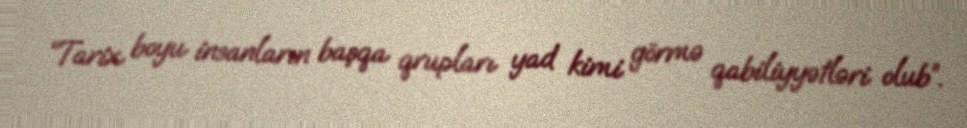
“Tarix boyu insanların başqa qrupları yad kimi görmə qabiliyyətləri olub”.